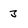
Character: 3